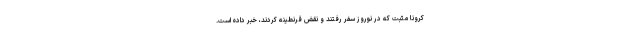
کرونا مثبت که در نوروز سفر رفتند و نقض قرنطینه کردند، خبر داده است.